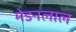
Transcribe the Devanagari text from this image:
मेडनलाल